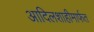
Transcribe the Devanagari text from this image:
आदिलशाहीमार्फत